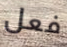
فعل